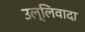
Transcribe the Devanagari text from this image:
उल्लिवादा